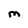
Character: M